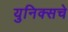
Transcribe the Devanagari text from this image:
युनिक्सचे